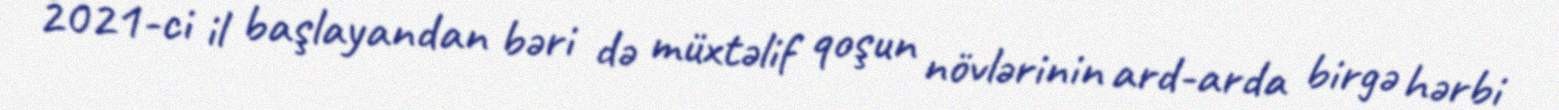
2021-ci il başlayandan bəri də müxtəlif qoşun növlərinin ard-arda birgə hərbi